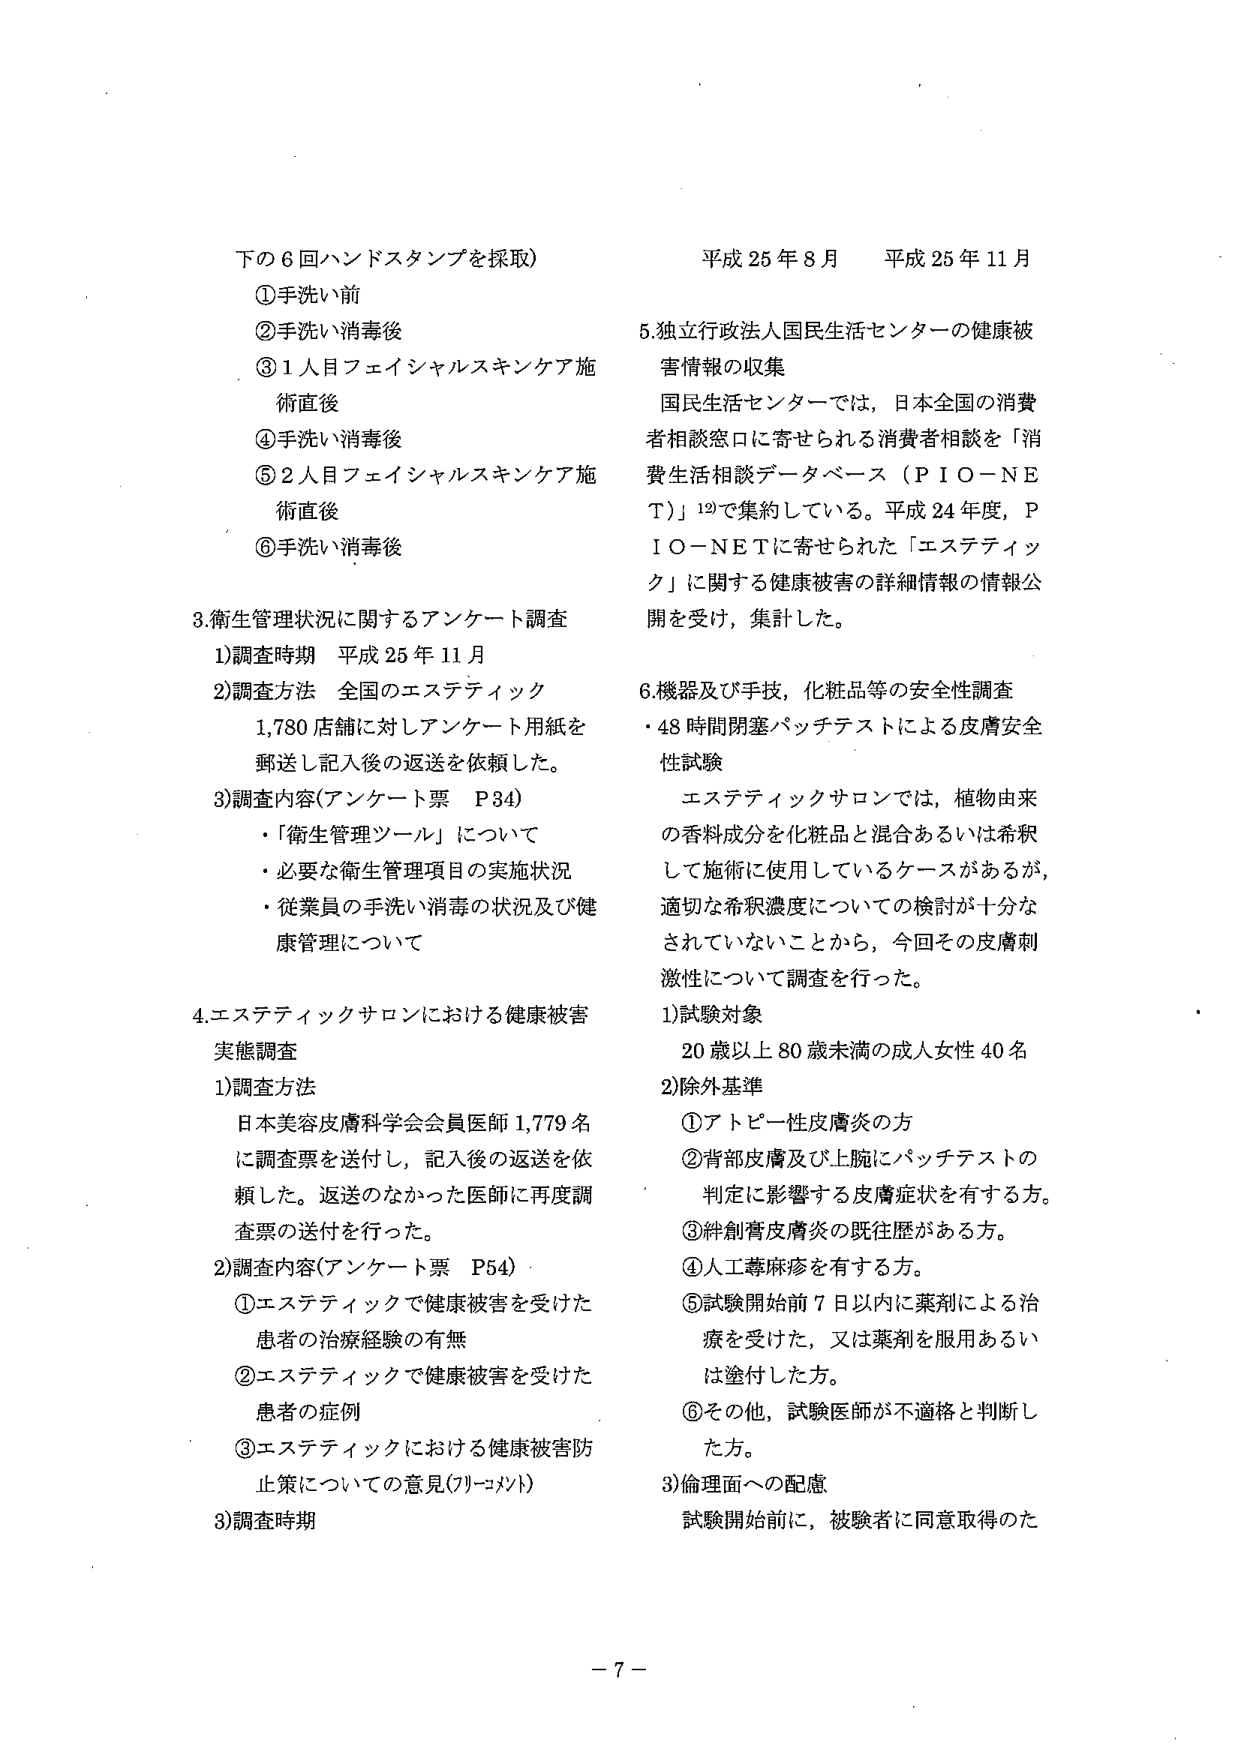
下の６回ハンドスタンプを採取）
①手洗い前
②手洗い消毒後
③１人目フェイシャルスキンケア施術直後
④手洗い消毒後
⑤２人目フェイシャルスキンケア施術直後
⑥手洗い消毒後

3.衛生管理状況に関するアンケート調査
1)調査時期 平成25年11月
2)調査方法 全国のエステティック1,780店舗に対しアンケート用紙を郵送し記入後の返送を依頼した。
3)調査内容（アンケート票 P34）
・「衛生管理ツール」について
・必要な衛生管理項目の実施状況
・従業員の手洗い消毒の状況及び健康管理について

4.エステティックサロンにおける健康被害実態調査
1)調査方法
日本美容皮膚科学会会員医師1,779名に調査票を送付し、記入後の返送を依頼した。返送のなかった医師に再度調査票の送付を行った。
2)調査内容（アンケート票 P54）
①エステティックで健康被害を受けた患者の治療経験の有無
②エステティックで健康被害を受けた患者の症例
③エステティックにおける健康被害防止策についての意見（フリーメント）
3)調査時期

平成25年8月 平成25年11月

5.独立行政法人国民生活センターの健康被害情報の収集
国民生活センターでは、日本全国の消費者相談窓口に寄せられる消費者相談を「消費生活相談データベース（PIO-NET）」12で集約している。平成24年度、PIO-NETに寄せられた「エステティック」に関する健康被害の詳細情報の情報公開を受け、集計した。

6.機器及び手技、化粧品等の安全性調査
・48時間閉塞パッチテストによる皮膚安全性試験
エステティックサロンでは、植物由来の香料成分を化粧品と混合あるいは希釈して施術に使用しているケースがあるが、適切な希釈濃度についての検討が十分なされていないことから、今回その皮膚刺激性について調査を行った。
1)試験対象
20歳以上80歳未満の成人女性40名
2)除外基準
①アトピー性皮膚炎の方
②背部皮膚及び上腕にパッチテストの判定に影響する皮膚症状を有する方。
③絆創膏皮膚炎の既往歴がある方。
④人工蕁麻疹を有する方。
⑤試験開始前7日以内に薬剤による治療を受けた、又は薬剤を服用あるいは塗付した方。
⑥その他、試験医師が不適格と判断した方。
3)倫理面への配慮
試験開始前に、被験者に同意取得のた

－7－